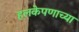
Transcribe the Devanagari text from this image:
हलकेपणाच्या